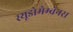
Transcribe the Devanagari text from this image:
स्यूडोमेम्ब्रेनस